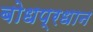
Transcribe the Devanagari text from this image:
बोधप्रधान